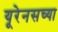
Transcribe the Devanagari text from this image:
यूरेनसच्या